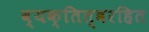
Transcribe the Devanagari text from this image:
व्यक्तित्वरहित